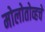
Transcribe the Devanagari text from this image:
मोलोतोव्हचे